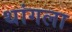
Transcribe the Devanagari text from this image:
थांगला